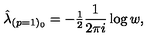
\hat { \lambda } _ { ( p = 1 ) _ { 0 } } = - { \textstyle \frac { 1 } { 2 } } \frac { 1 } { 2 \pi i } \log { w } ,